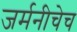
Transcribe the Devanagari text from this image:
जर्मनीचेच